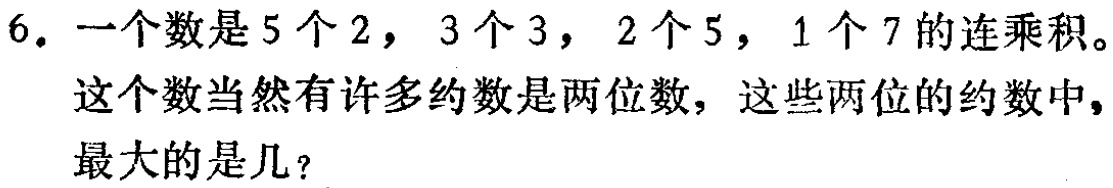
6. 一个数是5个2，3个3，2个5，1个7的连乘积。

这个数当然有许多约数是两位数，这些两位的约数中，

最大的是几？